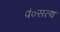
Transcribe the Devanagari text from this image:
पं०सत्य